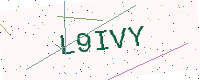
Text: L9IVY